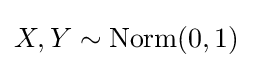
X,Y\sim {\text{Norm}}(0,1)